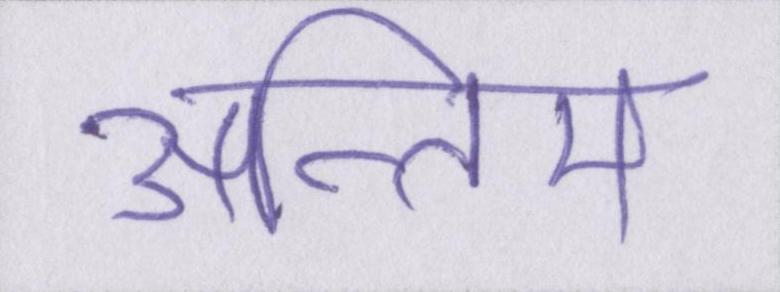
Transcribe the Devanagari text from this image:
अन्तिम